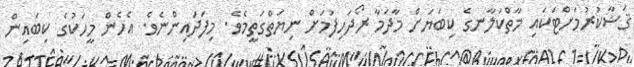
ޤަޟާކުރުމަށްޓަކައި މާތްކަލާނގެ ކިބަޔަށް މާދަމާ ރޯދަހިފުމަށް ނިޔަތްގަތީމެވެ. މިފަދައިންނެވެ. އެހެން މީހަކުގެ ކިބައިން